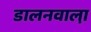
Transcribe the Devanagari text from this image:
डालनवाला़